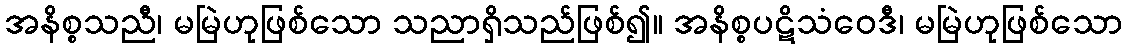
အနိစ္စသညီ၊ မမြဲဟုဖြစ်သော သညာရှိသည်ဖြစ်၍။ အနိစ္စပဋိသံဝေဒီ၊ မမြဲဟုဖြစ်သော